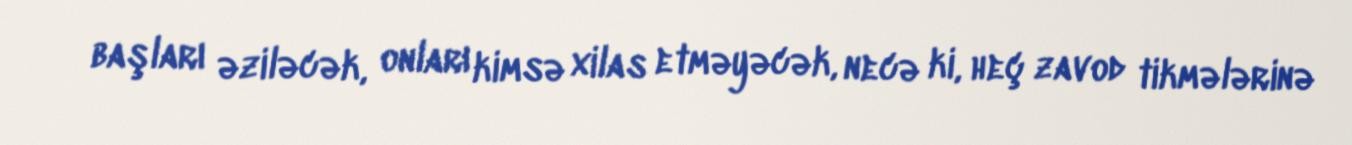
başları əziləcək, onları kimsə xilas etməyəcək, necə ki, heç zavod tikmələrinə